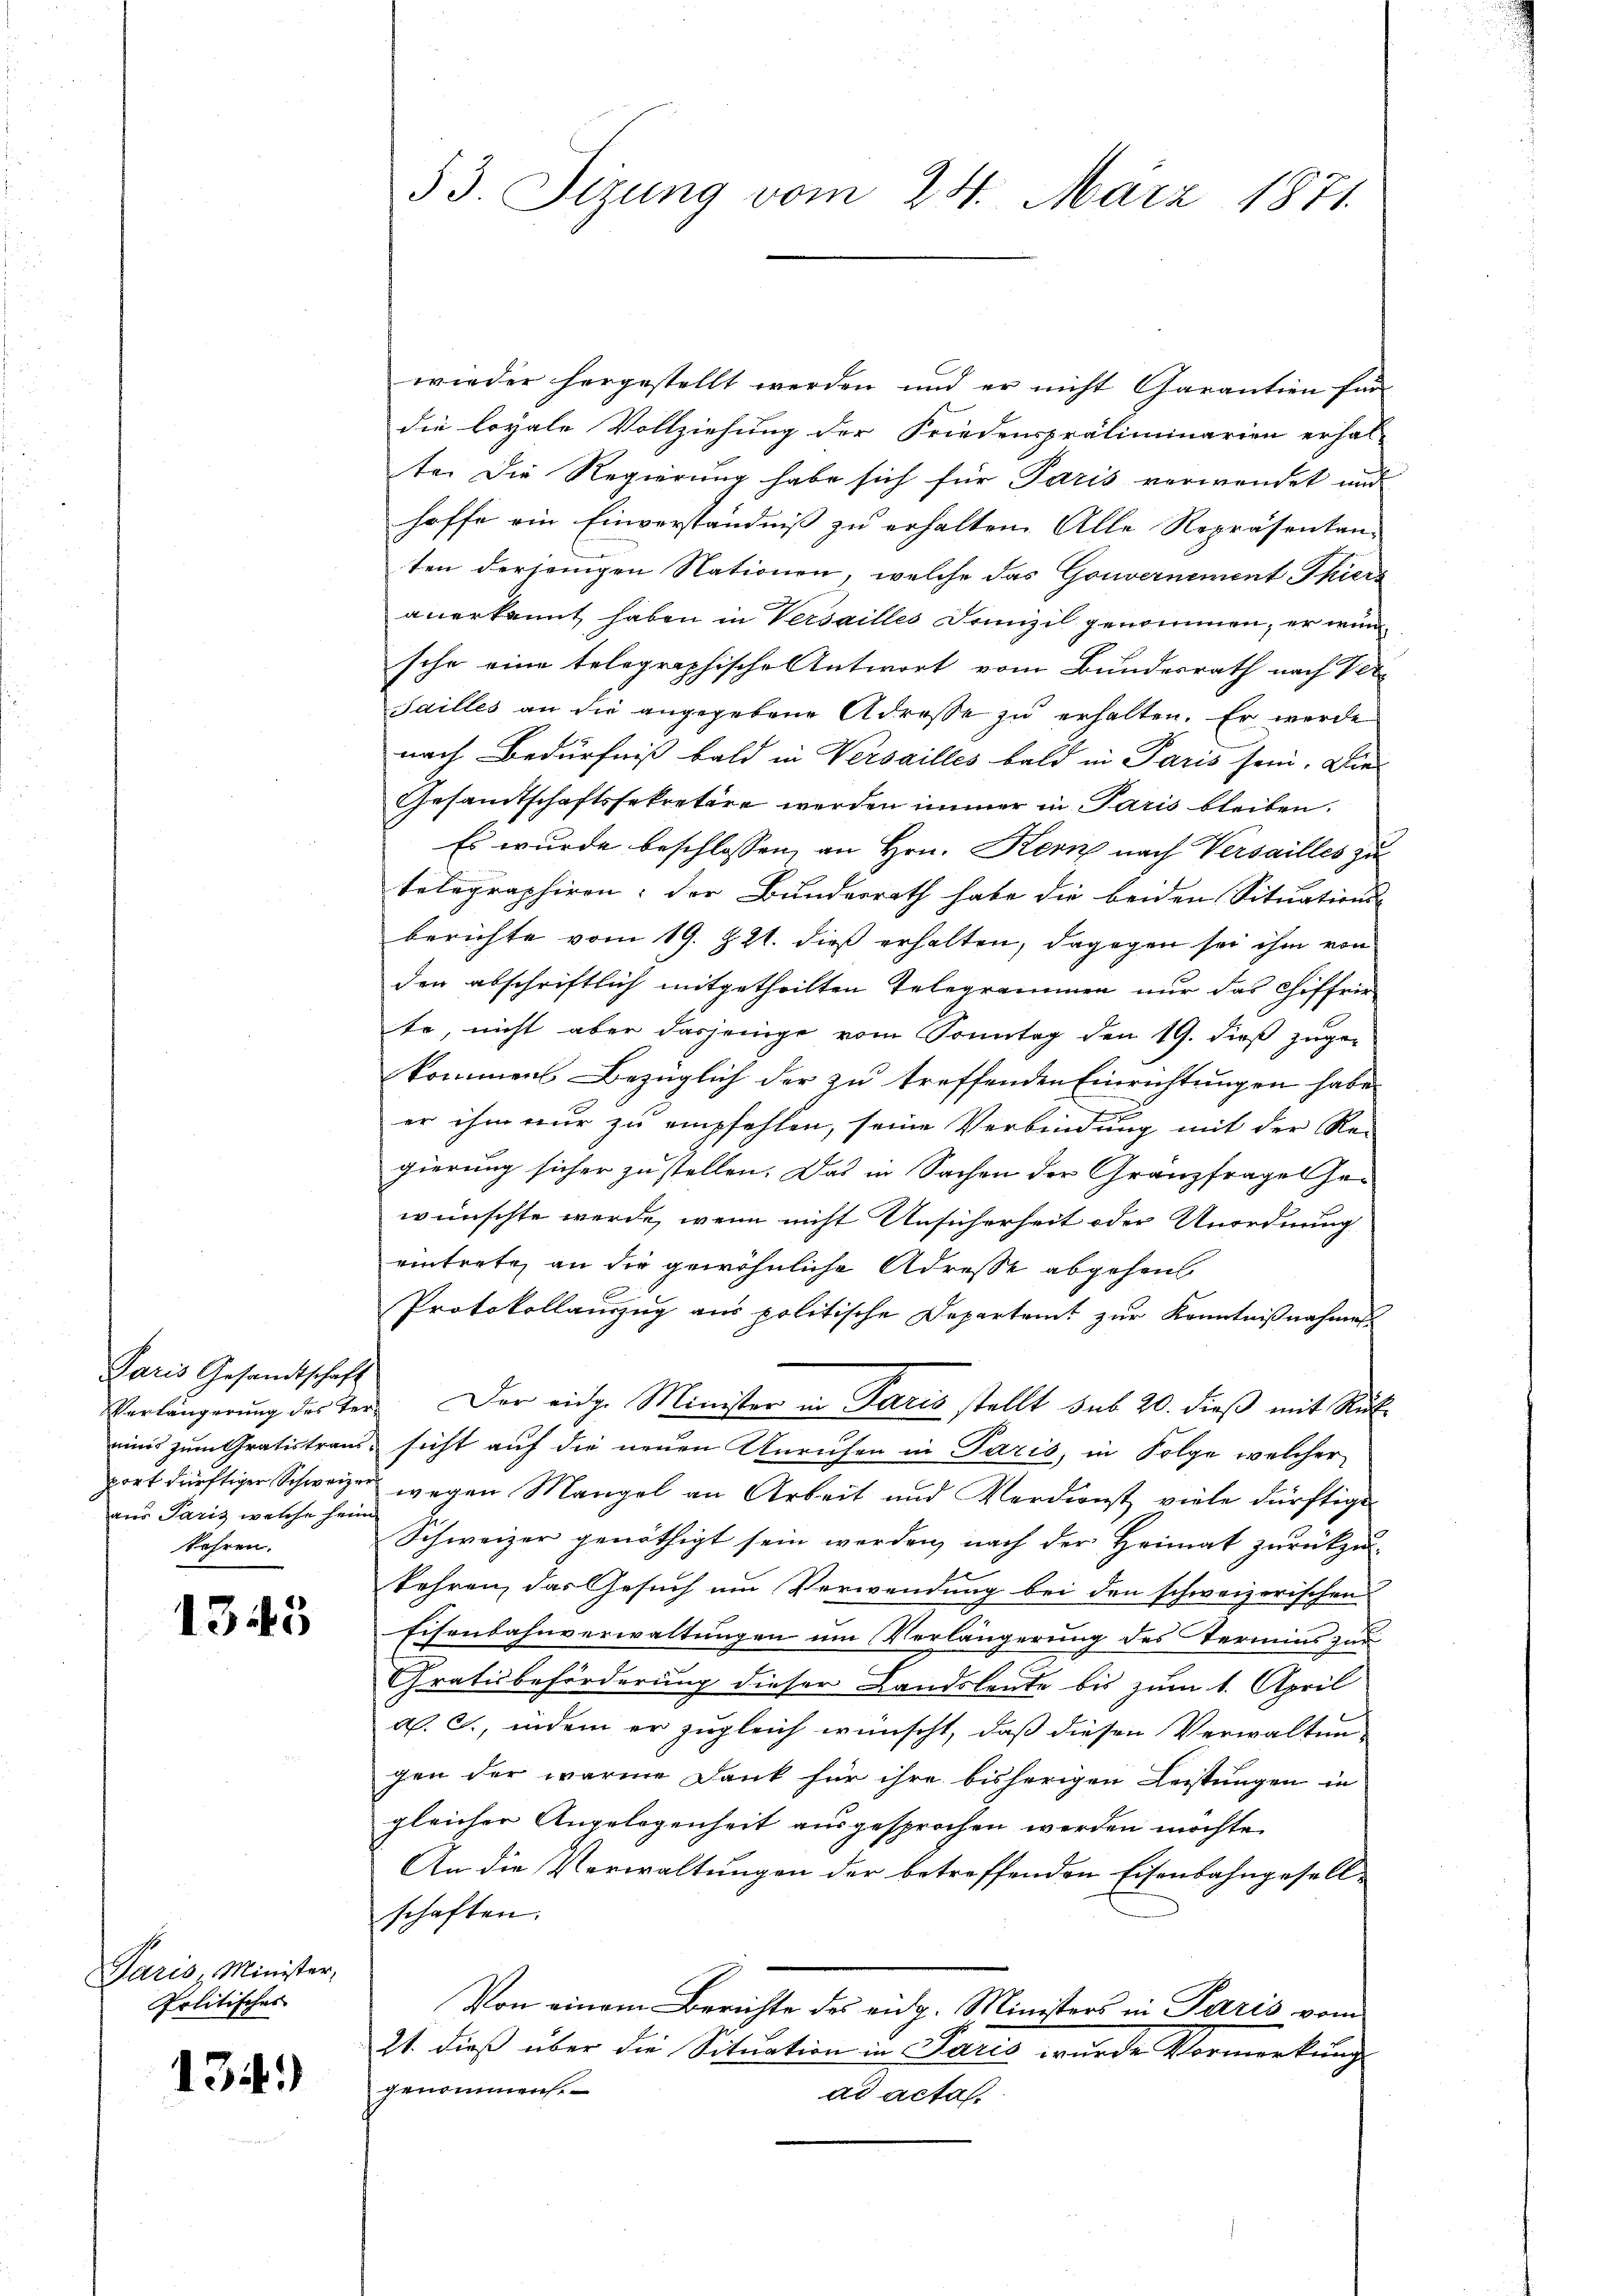
Paris Gesandtschaft
Verlängerung des Tereines zum Gratistrausport dürftiger Schweizer
aus Paris welche heim
fahren.

1345

Paris Minister,
Politisches

134)

53. Sizung vom 24. März 1871

wieder hergestellt werden und er nicht Garantien für
die loyale Vollziehung der Friedenspräliminarien erhal-
te. Die Regierung habe sich für Paris verwendet und
hoffe ein Einverständniß zu erhalten. Alle Repräsentan-
ten dersenigen Nationen, welche das Gouvernement Thiers
anerkannt haben in Versailles Domizil genommen, er wunsche eine telegraphische Antwort vom Bundesrath nach Ver¬
Sailles an die angegebene Adresse zu erhalten. Er wurde
nach Bedürfniß bald in Versailles bald in Paris sein. Die
Gesamtschaftssekretäre werden immer in Paris bleiben.
Es wurde beschlossen, an Hrn. Kern nach Versailles zu
telegraphiren; der Bundesrath habe die beiden Situations-
berichte vom 19. Z. 21. dieß erhalten, dagegen sei ihm von
den abschriftlich mitgetheilten Telegrammen nur das Chiffrie-
te, nicht aber dasjenige vom Sonntag den 19. dieß zuge-
kommen. Bezüglich der zu treffenden Einrichtungen habe
er ihm nur zu empfehlen, seine Verbindung mit der Re-
gierung sicher zu stellen. Das in Sachen der Granzfrages Gewünschte werde, wenn nicht Unsicherheit oder Unordnung
eintrete, an die gewöhnliche Adresse abgehen
Protokollauszug aus politische Departamt zur Kenntnißnahmen
Der eidg. Minister in Paris stellt sub 20. dieβ mit Rük
sicht auf die neuen Unruhen in Paris, in Folge welcher
wegen Mangel an Arbeit und Verdienst viele dürftige
Schweizer genöthigt sein werden, nach der Heimat zurückzu-
kehren, das Gesuch um Verwendung bei den schweizerischen
Eisenbahnverwaltungen um Verlängerung des Termins zur
Gratisbeförderung dieser Landsleute bis zum 1. April
a. S., indem er zugleich wünscht, daß diesen Verwaltun-
gen der warme Dank für ihre bisherigen Leistungen in
gleicher Angelegenheit ausgesprochen werden möchte.
An die Verwaltungen der betreffenden Eisenbahngesellschaften.
Von einem Berichte des eidg. Ministers in Paris vom
21. dieß über die Situation in Paris wurde Vormerkung
genommen.
ad acta.